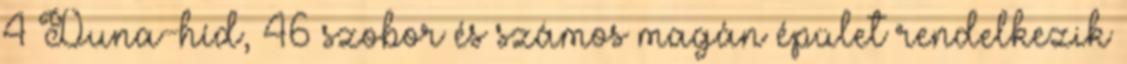
4 Duna-híd, 46 szobor és számos magán épület rendelkezik